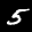
Label: 5